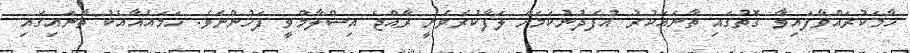
ހާމަކުރައްވާފައިވާ ގޮތުގައި ތާނައަކުރު އުފެދުނުކަމަށް ލަފާކުރެވެނީ ރާއްޖެ އިސްލާމްވީ ފަހުންނެވެ. ހަމައެއާއެކު ތާނައިގައި